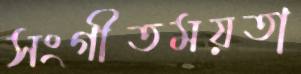
সংগীতময়তা